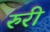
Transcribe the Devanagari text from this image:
रुरी